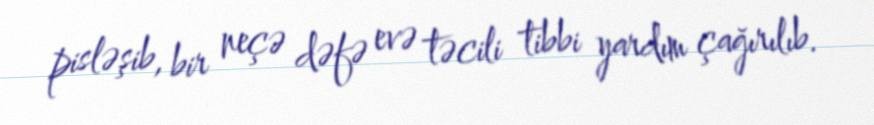
pisləşib, bir neçə dəfə evə təcili tibbi yardım çağırılıb.